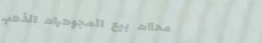
محلات بيع المجوهرات الذهب